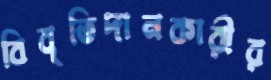
বিবৃতিদানকারীর